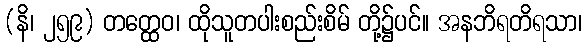
(နိ၊ ၂၅၉) တတ္ထေဝ၊ ထိုသူတပါးစည်းစိမ် တို့၌ပင်။ အနဘိရတိရသာ၊